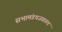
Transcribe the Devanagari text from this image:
सभामंडपजवळच